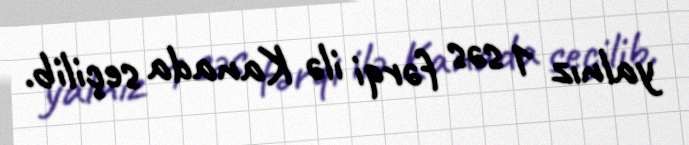
yalnız 1 səs fərqi ilə Kanada seçilib.